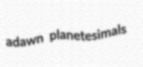
adawn planetesimals